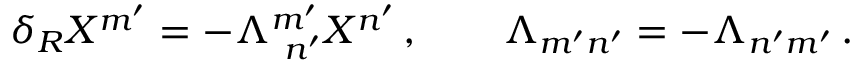
\delta _ { R } X ^ { m ^ { \prime } } = - \Lambda _ { \ n ^ { \prime } } ^ { m ^ { \prime } } X ^ { n ^ { \prime } } \, , \qquad \Lambda _ { m ^ { \prime } n ^ { \prime } } = - \Lambda _ { n ^ { \prime } m ^ { \prime } } \, .